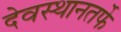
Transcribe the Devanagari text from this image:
देवस्थानतर्फे